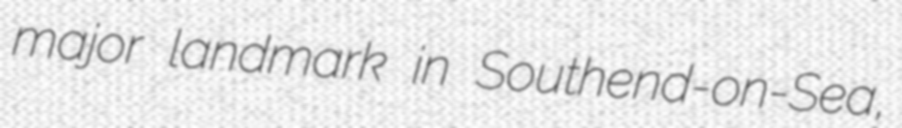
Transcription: major landmark in Southend-on-Sea,